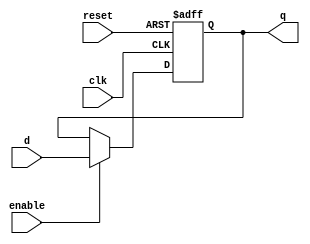
module D_Flip_Flop_8(input clk, reset, enable,
									   input [7:0] d,
									   output reg [7:0] q);
	always@(posedge clk, posedge reset)
	if (reset) q <= 8'b0;
	else if (enable) q <= d;
endmodule

module D_Flip_Flop_4(input clk, reset, enable,
									   input [3:0] d,
									   output reg [3:0] q);
	always@(posedge clk, posedge reset)
	if (reset) q <= 3'b0;
	else if (enable) q <= d;
endmodule